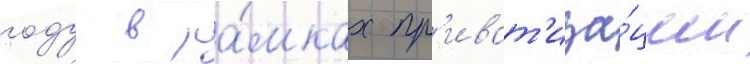
году в ра́мках пр'иват'иза́ции